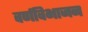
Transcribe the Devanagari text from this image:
वर्णविभाजन